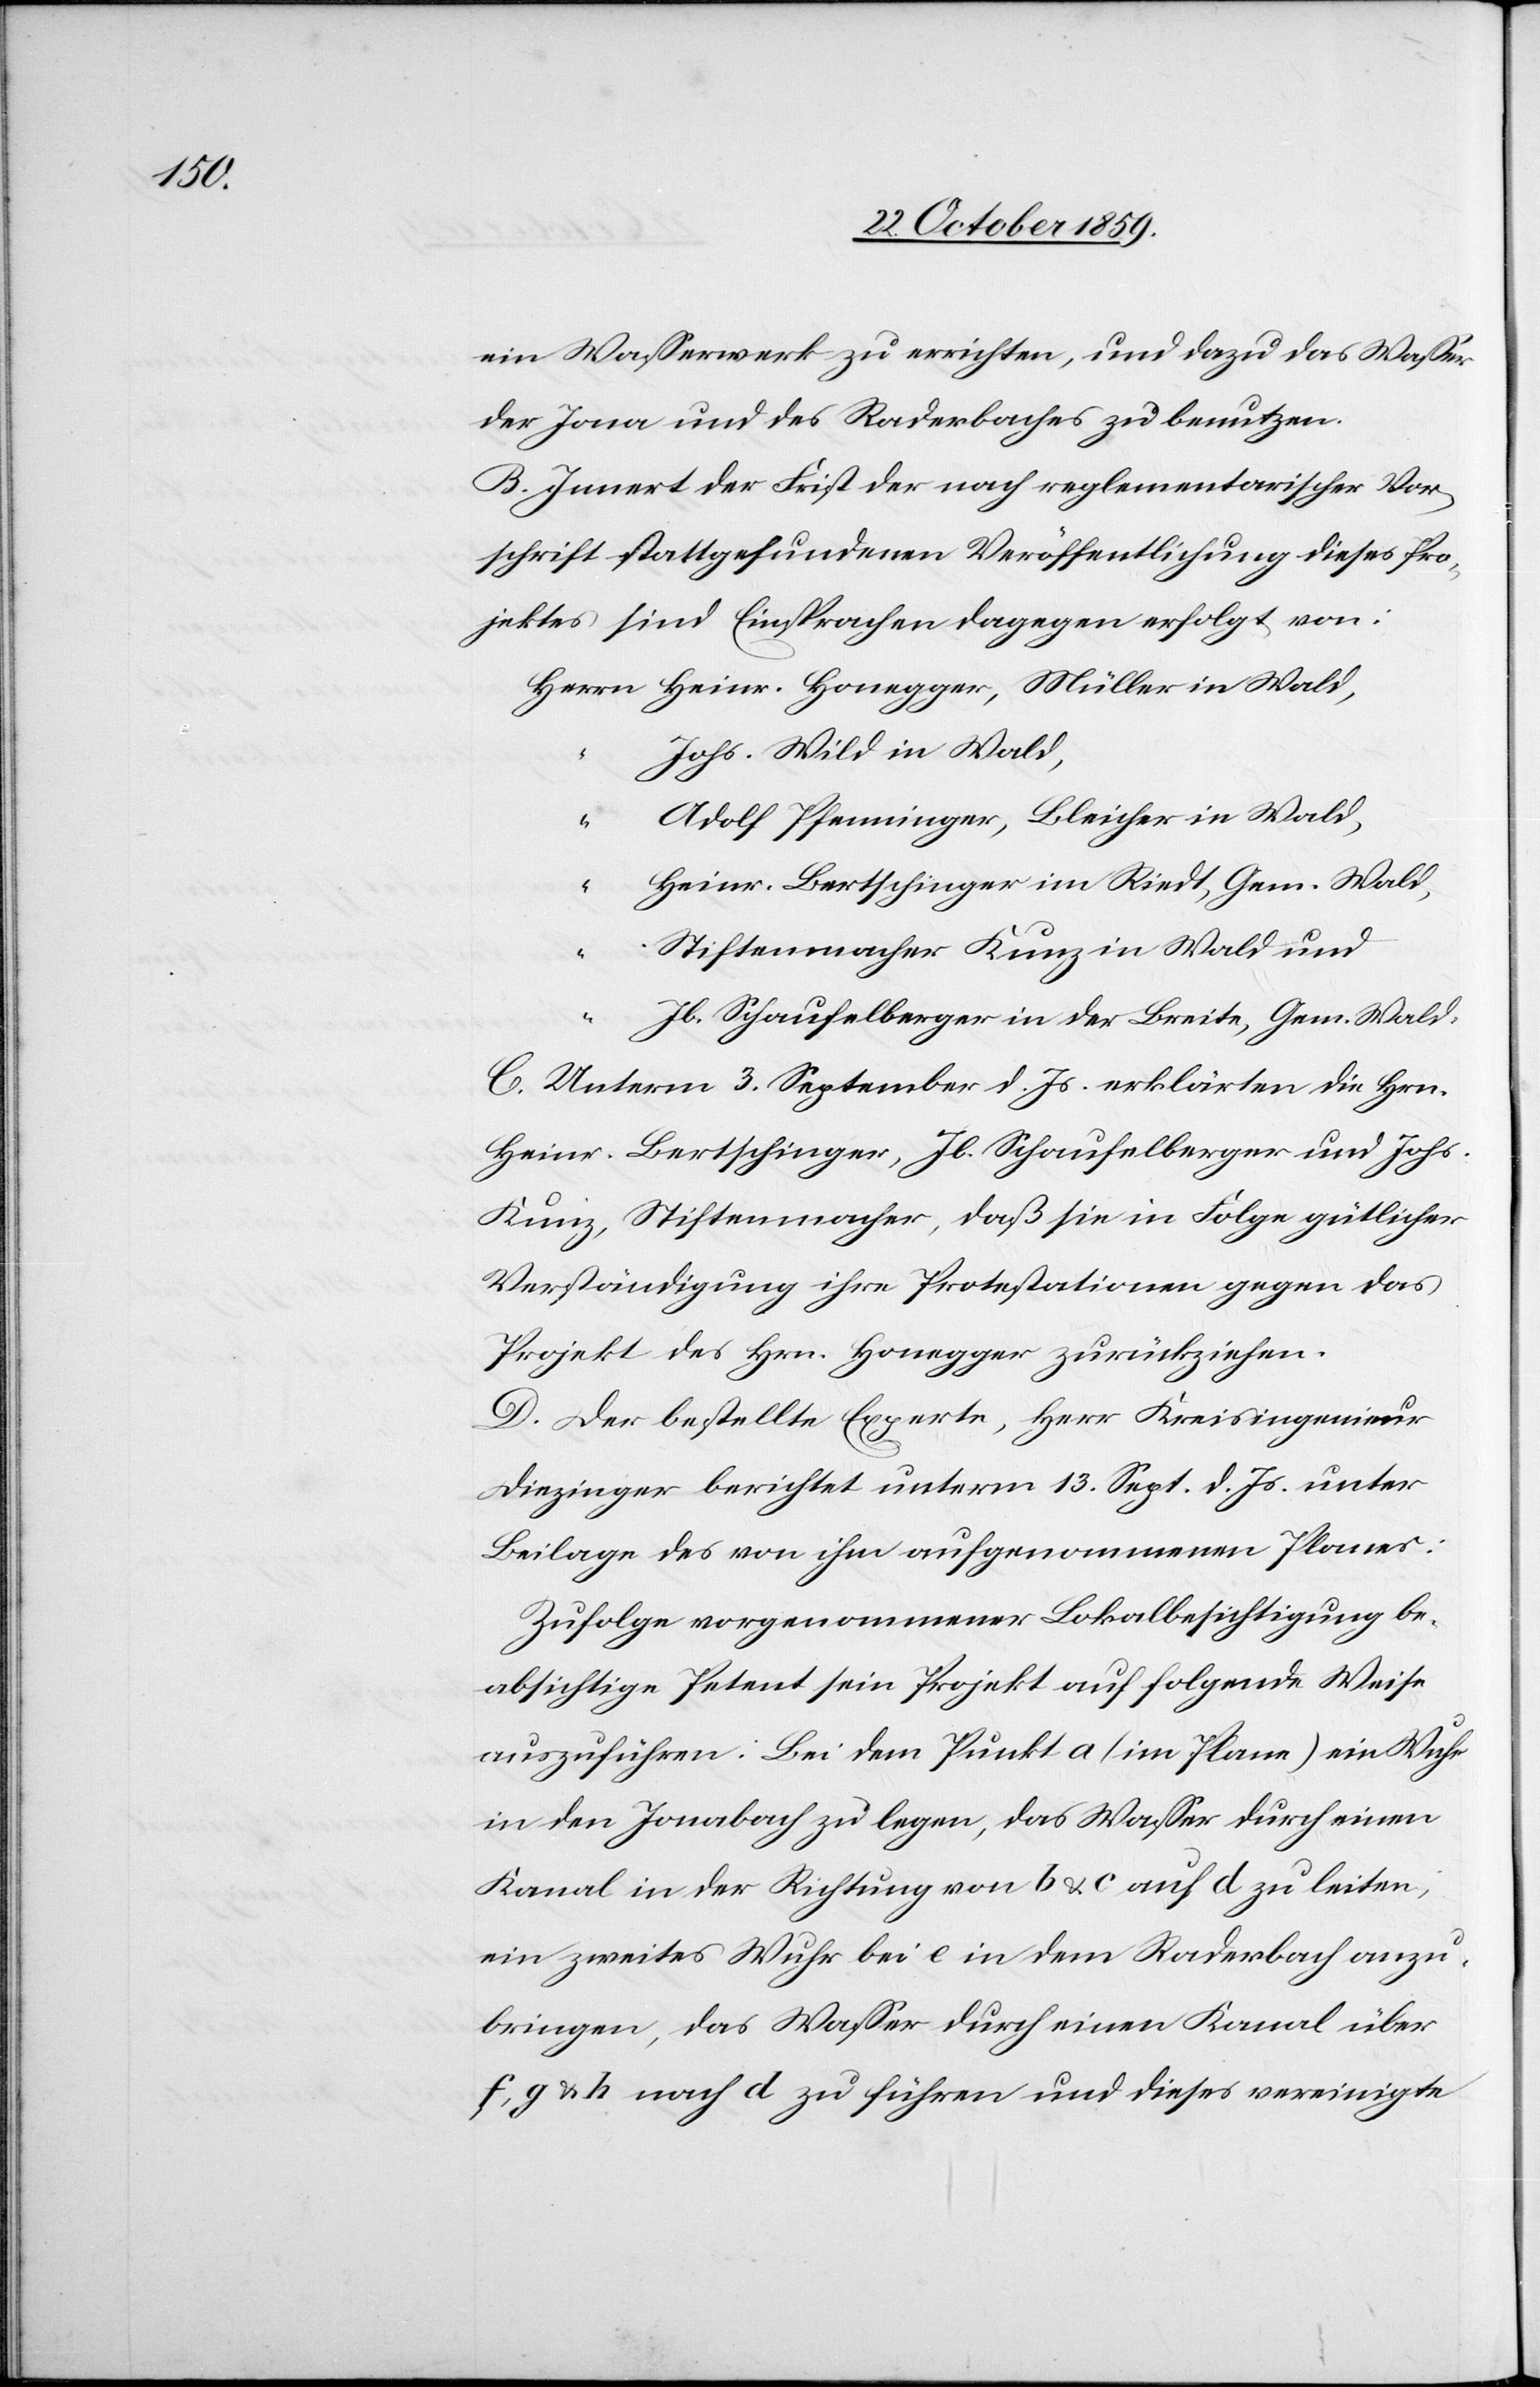
ein Wasserwerk zu errichten, und dazu das Wasser
der Jona und des Raderbaches zu benutzen.
B. Innert der Frist der nach reglementarischer Vor¬
schrift stattgefundenen Veröffentlichung dieses Pro¬
jektes sind Einsprachen dagegen erfolgt von:
Jhs. Wild in Wald,
Adolf Pfenninger, Bleicher in Wald,
“
Hrch. Bertschinger im Riedt, Gem. Wald,
“
Stiftenmacher Kunz in Wald und
“
Jb. Schaufelberger in der Breite, Gem. Wald.
C. Unterm 3. September d. Js. erklärten die Hrn.
Heinr. Bertschinger, Jb. Schaufelberger und Johs.
Kunz, Stiftenmacher, daß sie in Folge güthlicher
Verständigung ihre Protestationen gegen das
Projekt des Hrn. Honegger zurückziehen.
D. Der bestellte Experte, Herr Kreisingenieur
Diezinger berichtet unterm 13. Sept. d. Js. unter
Beilage des von ihm aufgenommenen Planes:
Zufolge vorgenommener Lokalbesichtigung be¬
absichtige Petent sein Projekt auf folgende Weise
auszuführen: Bei dem Punkt a (im Plan) ein Wehr
in den Jonabach zu legen, das Wasser durch einen
Kanal in der Richtung von b & c auf d zu leiten,
ein zweites Wehr bei e in den Raderbach anzu¬
bringen, das Wasser durch einen Kanal über
f, g & h nach d zu führen und dieses vereinigte